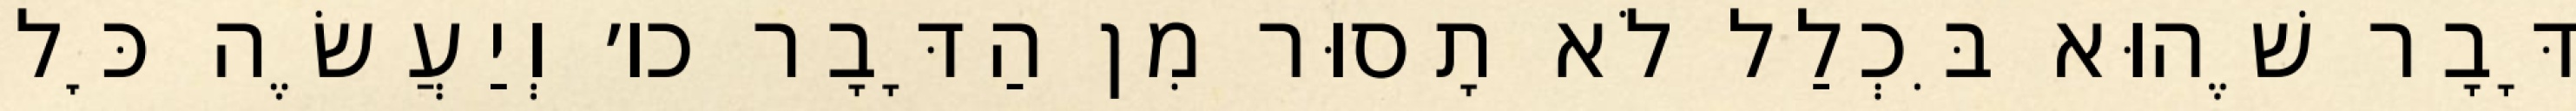
דָּבָר שֶׁהוּא בִּכְלַל לֹא תָסוּר מִן הַדָּבָר כו׳ וְיַעֲשֶׂה כׇּל